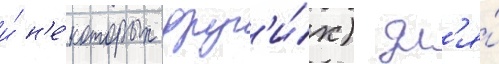
и́ н'е́которых друг'и́х) дл'я́